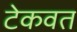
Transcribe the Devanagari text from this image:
टेकवत